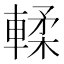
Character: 輮